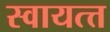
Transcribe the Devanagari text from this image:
स्वायत्त्त